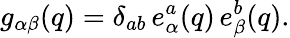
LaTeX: g_{\alpha\beta}(q)=\delta_{ab}\, e_{\alpha}^{a}(q)\, e_{\beta}^{b}(q).